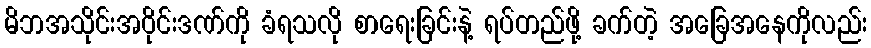
မိဘအသိုင်းအဝိုင်းဒဏ်ကို ခံရသလို စာရေးခြင်းနဲ့ ရပ်တည်ဖို့ ခက်တဲ့ အခြေအနေကိုလည်း